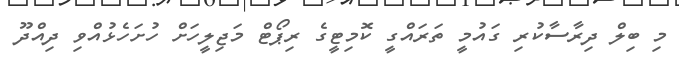
މި ބިލް ދިރާސާކުރި ގައުމީ ތަރައްގީ ކޮމިޓީގެ ރިޕޯޓް މަޖިލީހަށް ހުށަހެޅުއްވި ދިއްދޫ